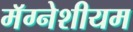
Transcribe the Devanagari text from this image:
मॅग्नेशीयम